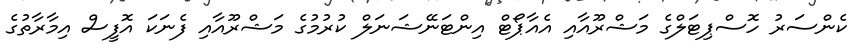
ކެންސަރު ހޮސްޕިޓަލްގެ މަޝްރޫއާއި އެއާޕޯޓް އިންޓަނޭޝަނަލް ކުރުމުގެ މަޝްރޫއާއި ފެނަކަ އޮފީސް އިމާރާތުގެ